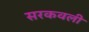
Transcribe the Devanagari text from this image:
सरकवली